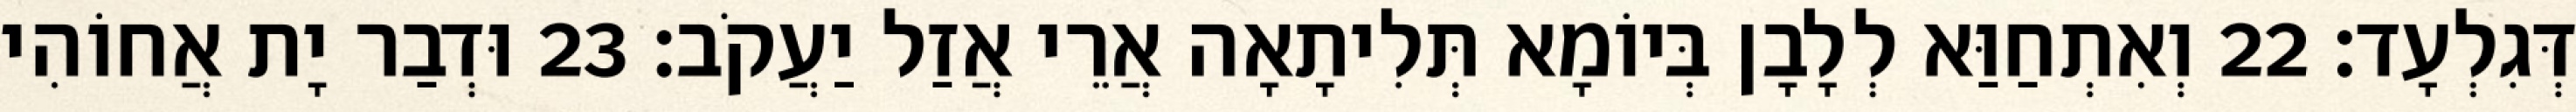
דְּגִלְעָד׃ 22 וְאִתְחַוַּא לְלָבָן בְּיוֹמָא תְּלִיתָאָה אֲרֵי אֲזַל יַעֲקֹב׃ 23 וּדְבַר יָת אֲחוֹהִי